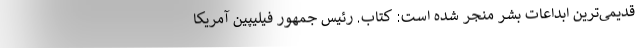
قدیمی‌ترین ابداعات بشر منجر شده است: کتاب. رئیس جمهور فیلیپین آمریکا